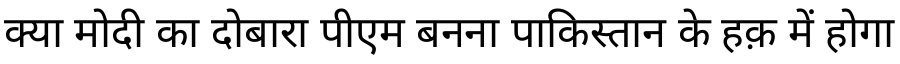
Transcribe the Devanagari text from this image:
क्या मोदी का दोबारा पीएम बनना पाकिस्तान के हक़ में होगा